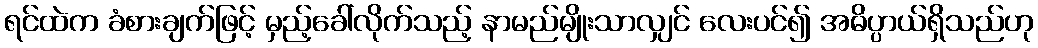
ရင်ထဲက ခံစားချက်ဖြင့် မှည့်ခေါ်လိုက်သည့် နာမည်မျိုးသာလျှင် လေးပင်၍ အဓိပ္ပာယ်ရှိသည်ဟု